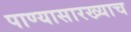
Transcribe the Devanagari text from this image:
पाण्यासारख्याच